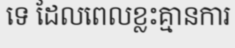
ទេ ដែលពេលខ្លះគ្មានការ